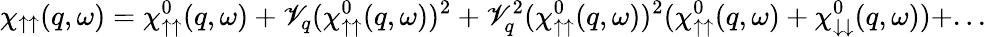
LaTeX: \chi_{\uparrow\uparrow}(q,\omega)=\chi_{\uparrow\uparrow}^{0}(q,\omega)+\mathscr{V}_{q}(\chi_{\uparrow\uparrow}^{0}(q,\omega))^{2}+\mathscr{V}_{q}^{2}(\chi_{\uparrow\uparrow}^{0}(q,\omega))^{2}(\chi_{\uparrow\uparrow}^{0}(q,\omega)+\chi_{\downarrow\downarrow}^{0}(q,\omega))+...